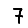
Digit: 7